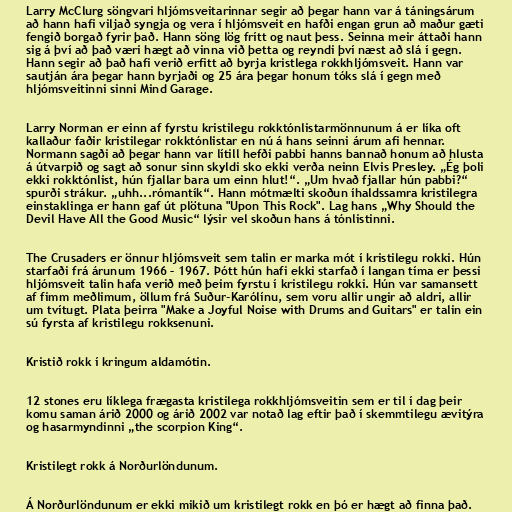
Larry McClurg söngvari hljómsveitarinnar segir að þegar hann var á táningsárum
að hann hafi viljað syngja og vera í hljómsveit en hafði engan grun að maður gæti
fengið borgað fyrir það. Hann söng lög frítt og naut þess. Seinna meir áttaði hann
sig á því að það væri hægt að vinna við þetta og reyndi því næst að slá í gegn.
Hann segir að það hafi verið erfitt að byrja kristlega rokkhljómsveit. Hann var
sautján ára þegar hann byrjaði og 25 ára þegar honum tóks slá í gegn með
hljómsveitinni sinni Mind Garage.

Larry Norman er einn af fyrstu kristilegu rokktónlistarmönnunum á er líka oft
kallaður faðir kristilegar rokktónlistar en nú á hans seinni árum afi hennar.
Normann sagði að þegar hann var lítill hefði pabbi hanns bannað honum að hlusta
á útvarpið og sagt að sonur sinn skyldi sko ekki verða neinn Elvis Presley. „Ég þoli
ekki rokktónlist, hún fjallar bara um einn hlut!“. „Um hvað fjallar hún pabbi?“
spurði strákur. „uhh...rómantík“. Hann mótmælti skoðun íhaldssamra kristilegra
einstaklinga er hann gaf út plötuna "Upon This Rock". Lag hans „Why Should the
Devil Have All the Good Music“ lýsir vel skoðun hans á tónlistinni.

The Crusaders er önnur hljómsveit sem talin er marka mót í kristilegu rokki. Hún
starfaði frá árunum 1966 – 1967. Þótt hún hafi ekki starfað í langan tíma er þessi
hljómsveit talin hafa verið með þeim fyrstu í kristilegu rokki. Hún var samansett
af fimm meðlimum, öllum frá Suður-Karólínu, sem voru allir ungir að aldri, allir
um tvítugt. Plata þeirra "Make a Joyful Noise with Drums and Guitars" er talin ein
sú fyrsta af kristilegu rokksenuni.

Kristið rokk í kringum aldamótin.

12 stones eru líklega frægasta kristilega rokkhljómsveitin sem er til í dag þeir
komu saman árið 2000 og árið 2002 var notað lag eftir það í skemmtilegu ævitýra
og hasarmyndinni „the scorpion King“.

Kristilegt rokk á Norðurlöndunum.

Á Norðurlöndunum er ekki mikið um kristilegt rokk en þó er hægt að finna það.